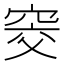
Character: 窔